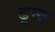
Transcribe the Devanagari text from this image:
ढून्ढ